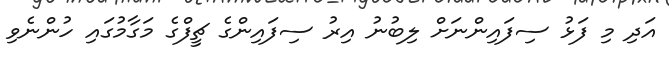
އަދި މި ފަޅު ސިފައިންނަށް ލިބުނު އިރު ސިފައިންގެ ޗީފްގެ މަގާމުގައި ހުންނެވި